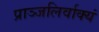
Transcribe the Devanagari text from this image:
प्राञ्जलिर्वाक्यं